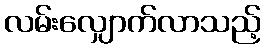
လမ်းလျှောက်လာသည့်